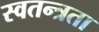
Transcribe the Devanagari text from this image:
स्‍वतन्त्रता